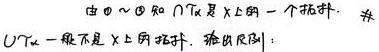
由 $0 \sim 4$ 知 $\cap \mathcal{T}_\alpha$ 是 $X$ 上的一个拓扑.  但 $\cup \mathcal{T}_\alpha$ 一般不是 $X$ 上的拓扑.  推出反例: